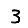
Digit: 3